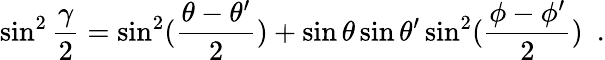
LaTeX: \sin^{2}{\frac{\gamma}{2}}=\sin^{2}({\frac{\theta-\theta^{\prime}}{2}})+\sin\theta\sin\theta^{\prime}\sin^{2}({\frac{\phi-\phi^{\prime}}{2}})~~.